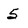
Character: 5